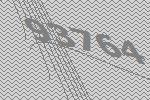
93764